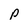
Character: p